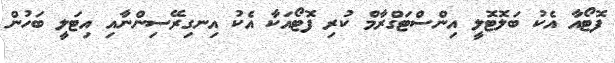
ފޮޓޯއާ އެކު ބަލޮޓޮލީ އިންސްޓަގްރާމް ކުރި ފޮޓޯއަކާ އެކު އިނގިރޭސިންނާއި އިޓަލީ ބަހުން